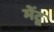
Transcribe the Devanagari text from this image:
मेंटू